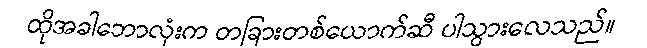
ထိုအခါဘောလုံးက တခြားတစ်ယောက်ဆီ ပါသွားလေသည်။